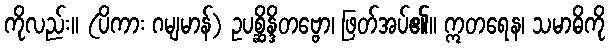
ကိုလည်း။ (ပိကား ဂမျမာန်) ဥပစ္ဆိန္ဒိတဗ္ဗော၊ ဖြတ်အပ်၏။ ဣတရေန၊ သမာဓိကို